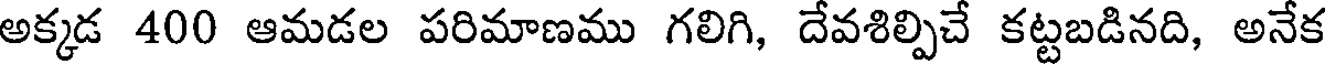
అక్కడ 400 ఆమడల పరిమాణము గలిగి, దేవశిల్పిచే కట్టబడినది, అనేక